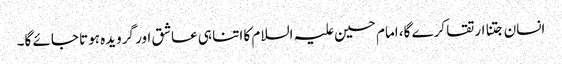
انسان جتنا ارتقا کرے گا، امام حسین علیہ السلام کا اتنا ہی عاشق اور گرویدہ ہوتا جائے گا۔